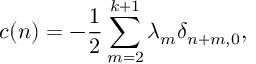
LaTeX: c ( n ) = - { \frac { 1 } { 2 } } \sum _ { m = 2 } ^ { k + 1 } \lambda _ { m } \delta _ { n + m , 0 } ,